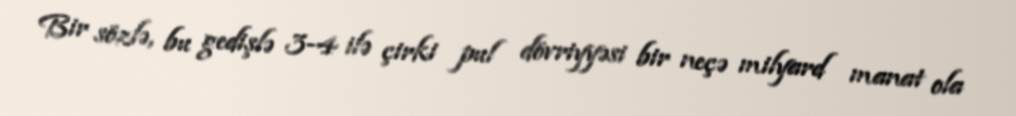
Bir sözlə, bu gedişlə 3-4 ilə çirki pul dövriyyəsi bir neçə milyard manat ola